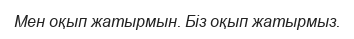
Мен оқып жатырмын. Біз оқып жатырмыз.